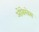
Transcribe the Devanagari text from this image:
ओबेरवेस